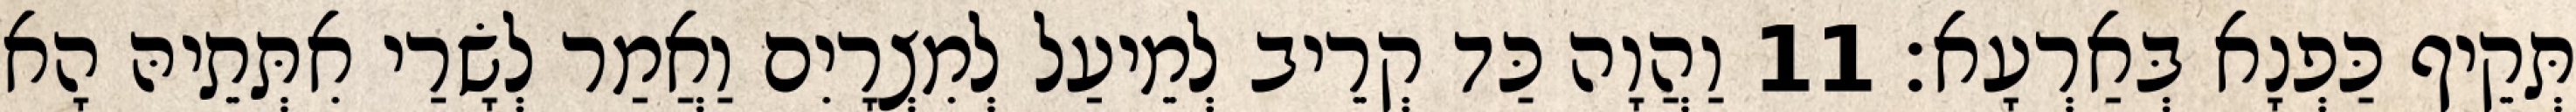
תְּקֵיף כַּפְנָא בְּאַרְעָא׃ 11 וַהֲוָה כַּד קְרֵיב לְמֵיעַל לְמִצְרָיִם וַאֲמַר לְשָׂרַי אִתְּתֵיהּ הָא